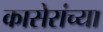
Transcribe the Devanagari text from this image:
कासेरांच्या